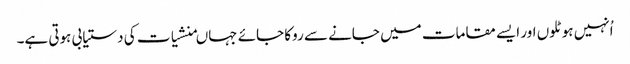
اُنہیں ہوٹلوں اور ایسے مقامات میں جانے سے روکا جائے جہاںمنشیات کی دستیابی ہوتی ہے۔